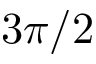
3 \pi / 2